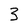
Character: 3